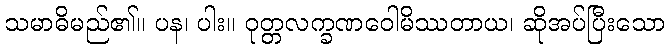
သမာဓိမည်၏။ ပန၊ ပါး။ ဝုတ္တလက္ခဏဝေါမိဿတာယ၊ ဆိုအပ်ပြီးသော